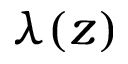
\lambda ( z )